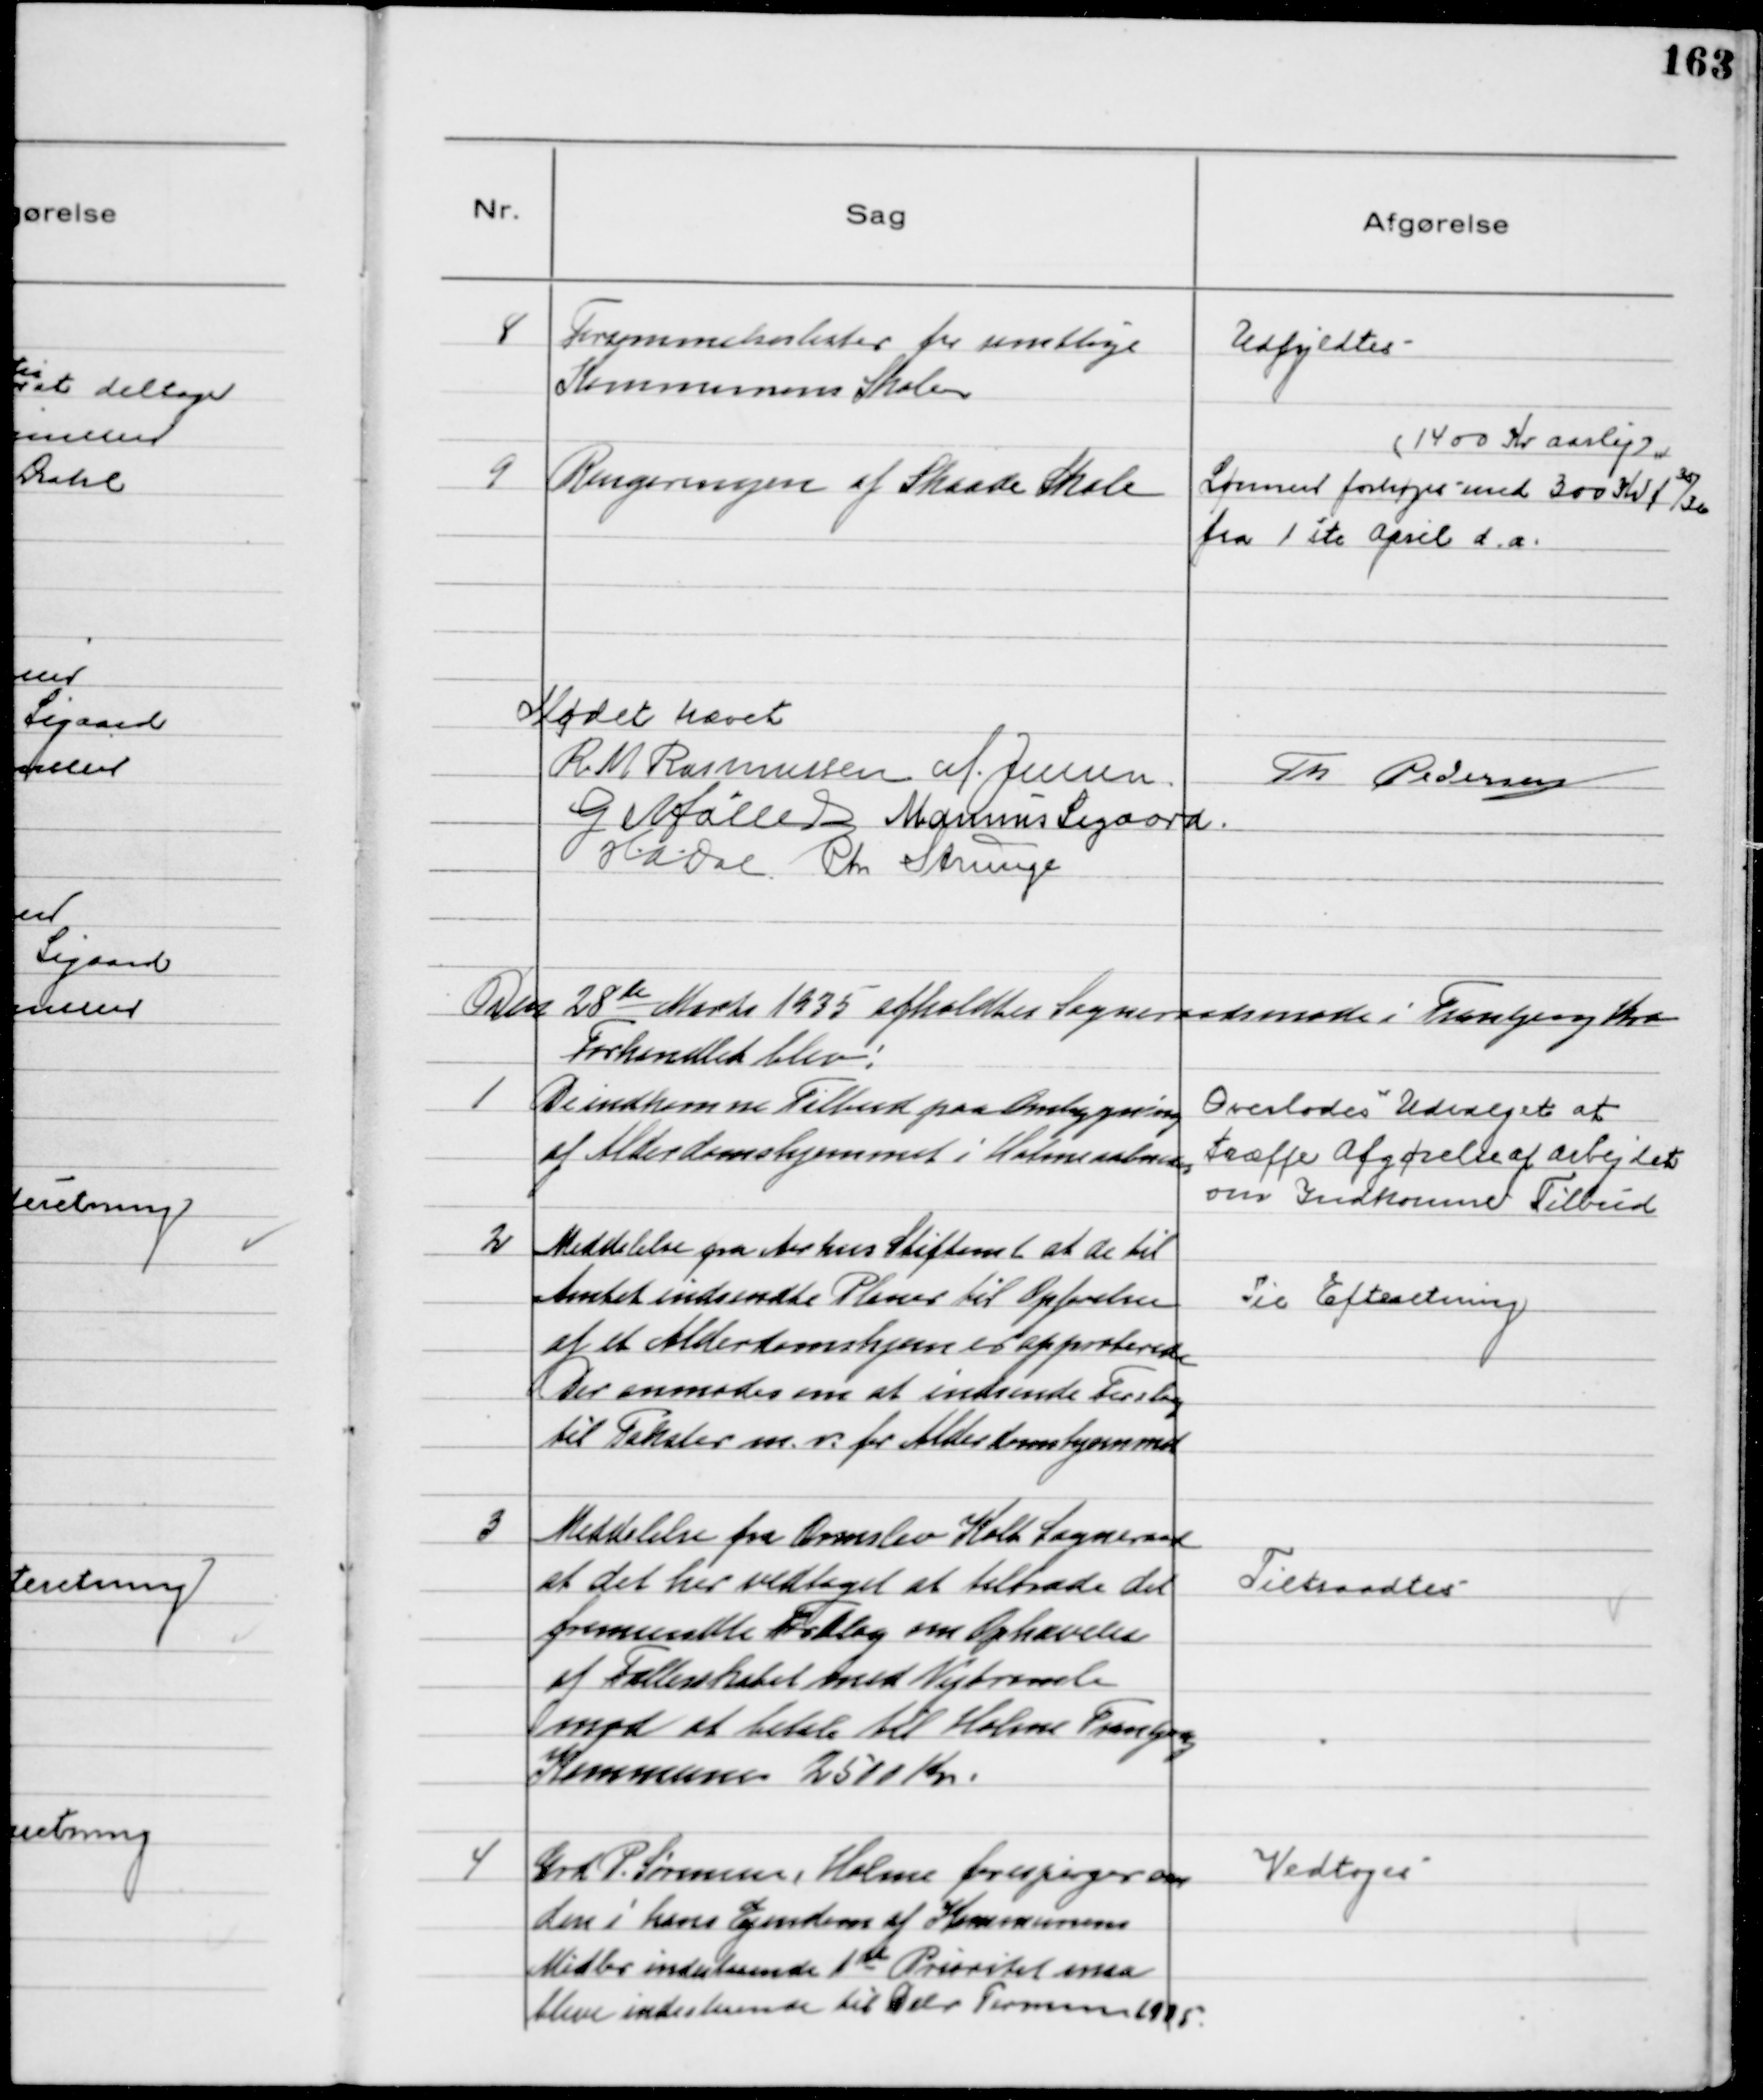
Transskription:
8
Forsømmelseslister fra samtlige
Kommunens Skoler

Udfyldtes

9
Rengøringen af Skaade Skole

(1400 Kr Aarlig)
Lønnen forhøjes med 300 Kr f 35/36
fra 1 ste April d.a.

Mødet hævet
R M Rasmussen M. Jensen.
Th Pedersen
G Møller Marinus Sigaard.
H.A.Dal Chr Strunge

Den 28de Marts 1935 afholdtes Sogneraadsmøde i Tranbjerg Kro
Forhandlet blev:

1
De indkomne Tilbud paa Ombygning
af Alderdomshjemmet i Holme aabnedes
Overlodes Udvalget at
træffe Afgørelse af Arbejdet
om Indkomne Tilbud

2
Meddelelse fra Aarhus Stiftamt at de til
Amtet indsendte Planer til Opførelse
af et Alderdomshjem er approberede
Der anmodes om at indsende Forslag
til Takster m.v. for Alderdomshjemmet

Til Efteretning

3
Meddelelse fra Ormslev Kolt Sogneraad
at det har vedtaget at tiltræde det
fremsendte Forslag om Ophævelse
af Fællesskabet med Vejtromle
mod at betale til Holme Tranbjerg
Kommune 2511 Kr.

Tiltraadtes

4
Grd. P. Sørensen, Holme forespørger om
den i hans Ejendom af Kommunens
Midler indestaaende 1st Prioritet maa
blive indestaaende til Debr Termin 1935

Vedtoges